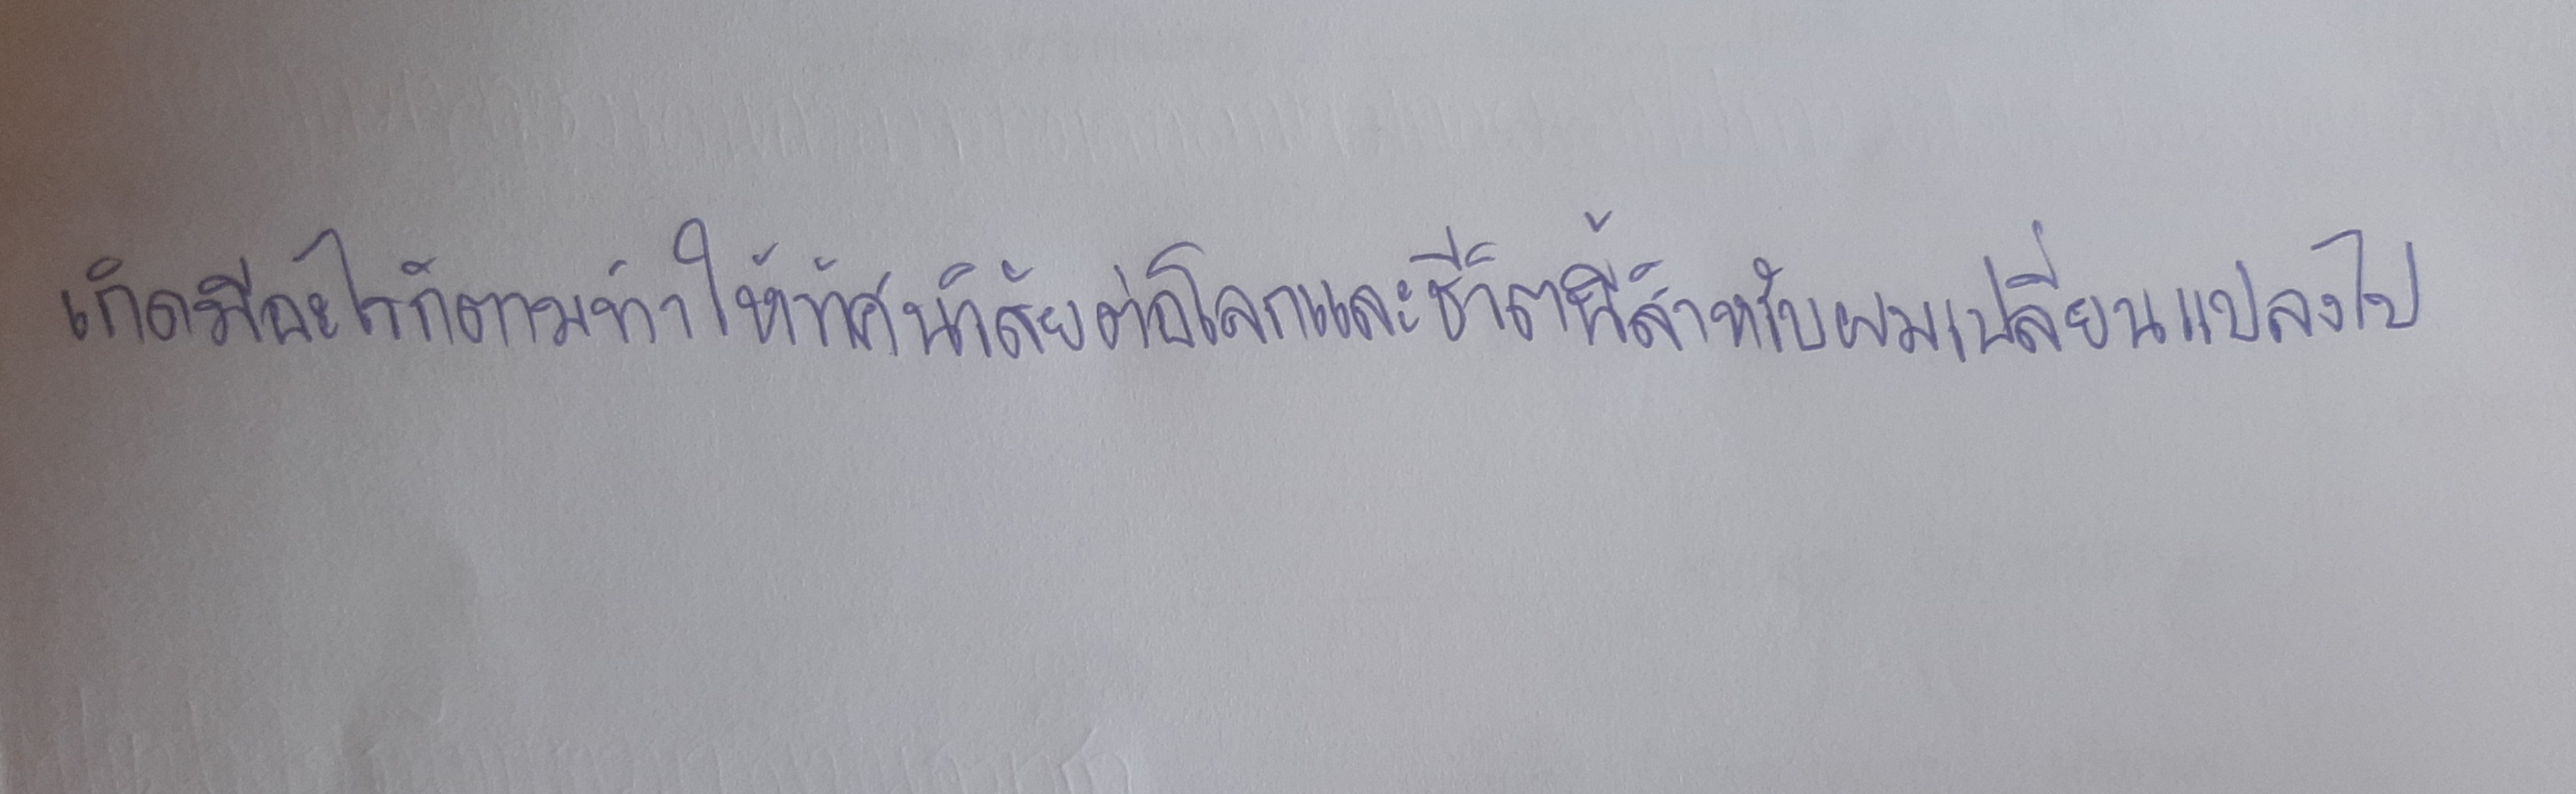
เกิดมีอะไรก็ตามทำให้ทัศนวิสัยต่อโลกและชีวิตนี้สำหรับผมเปลี่ยนแปลงไป